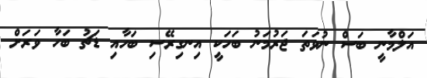
އަލްމާނީ ބަސް ނުވަތަ ޖަރުމަނު ބަހަކީ އިނގިރޭސި ބަހާއި ޑަޗު ބަހާ ވަރަށް